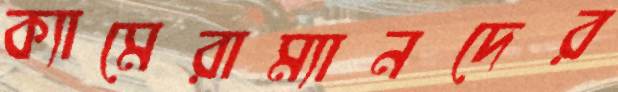
ক্যামেরাম্যানদের